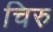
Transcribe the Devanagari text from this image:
चिरु